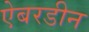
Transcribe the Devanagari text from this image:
ऐबरडीन